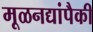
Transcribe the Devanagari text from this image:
मूळनद्यांपैकी